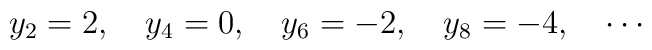
y_2 = 2,\quad y_4 = 0,\quad y_6 = -2,\quad y_8 = -4,\quad \cdots